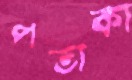
পতাকা